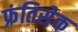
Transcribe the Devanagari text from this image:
फ्रंतिसेक